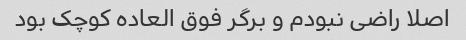
اصلا راضی نبودم و برگر فوق العاده کوچک بود